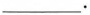
___.